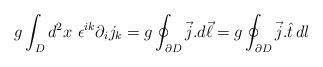
LaTeX: \begin{align*}g\int_D d^2x~ \epsilon^{ik}\partial_i j_k =g\oint_{\partial D} \vec{j}. d\vec{\ell} =g\oint_{\partial D} \vec{j}.\hat{t}\, dl\end{align*}